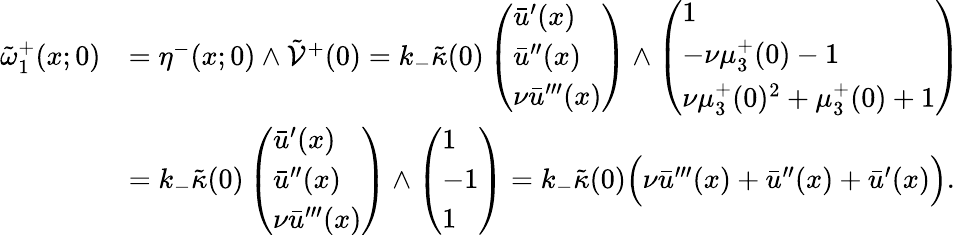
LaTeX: \begin{array}{rl}{\tilde{\omega}_{1}^{+}(x;0)}&{=\eta^{-}(x;0)\wedge\tilde{\mathcal{V}}^{+}(0)=k_{-}\tilde{\kappa}(0)\left(\begin{array}{l}{\bar{u}^{\prime}(x)}\\ {\bar{u}^{\prime\prime}(x)}\\ {\nu\bar{u}^{\prime\prime\prime}(x)}\end{array}\right)\wedge\left(\begin{array}{l}{1}\\ {-\nu\mu_{3}^{+}(0)-1}\\ {\nu\mu_{3}^{+}(0)^{2}+\mu_{3}^{+}(0)+1}\end{array}\right)}\\ &{=k_{-}\tilde{\kappa}(0)\left(\begin{array}{l}{\bar{u}^{\prime}(x)}\\ {\bar{u}^{\prime\prime}(x)}\\ {\nu\bar{u}^{\prime\prime\prime}(x)}\end{array}\right)\wedge\left(\begin{array}{l}{1}\\ {-1}\\ {1}\end{array}\right)=k_{-}\tilde{\kappa}(0)\Big(\nu\bar{u}^{\prime\prime\prime}(x)+\bar{u}^{\prime\prime}(x)+\bar{u}^{\prime}(x)\Big).}\end{array}